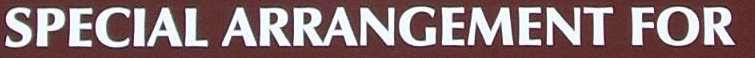
SPECIAL ARRANGEMENT FOR